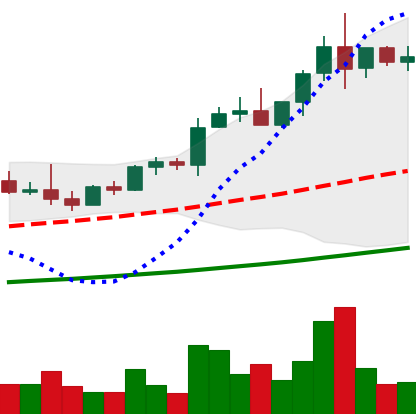
Ticker: NEO-USD
Chart end date: 2021-04-10
Forward return: 21.613%
Label: up_7plus